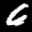
Label: 6